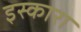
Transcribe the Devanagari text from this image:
इस्कारा